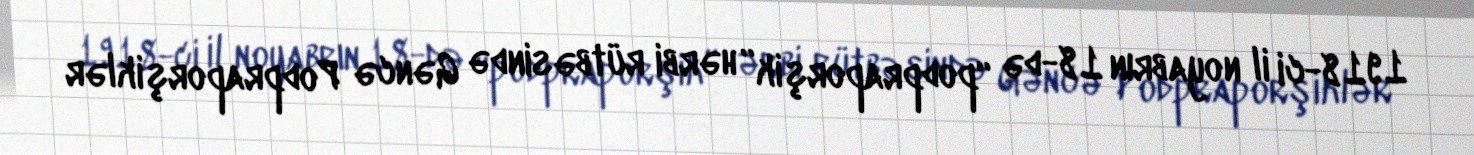
1918-ci il noyabrın 18-də “podpraporşik” hərbi rütbəsində Gəncə Podpraporşiklər